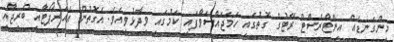
މިންގަނޑެއް އިންޓްރެސްޓް ރޭޓުގެ ގޮތުގައި ހަމަޖައްސަވާފައި ކަމުގައި ވިދާޅުވިއެވެ. އެގޮތުން އެއަރޕޯޓާއި ބްރިޖާއި